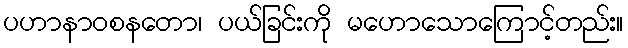
ပဟာနာဝစနတော၊ ပယ်ခြင်းကို မဟောသောကြောင့်တည်း။